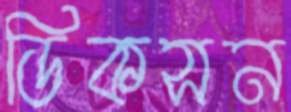
ডিকসন